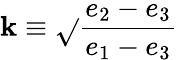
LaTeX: \mathbf{k}\equiv{\sqrt{}{{\frac{{e_{2}-e_{3}}}{{e_{1}-e_{3}}}}}}